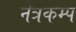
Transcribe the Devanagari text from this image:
नेत्रकम्प